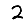
Digit: 2